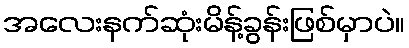
အလေးနက်ဆုံးမိန့်ခွန်းဖြစ်မှာပဲ။